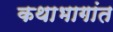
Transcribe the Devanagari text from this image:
कथाभागांत